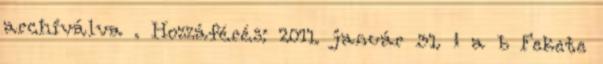
archiválva . Hozzáférés: 2011. január 31. ↑ a b Fekete